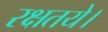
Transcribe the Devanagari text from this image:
रक्षतये।